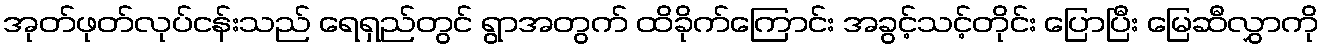
အုတ်ဖုတ်လုပ်ငန်းသည် ရေရှည်တွင် ရွာအတွက် ထိခိုက်ကြောင်း အခွင့်သင့်တိုင်း ပြောပြီး မြေဆီလွှာကို